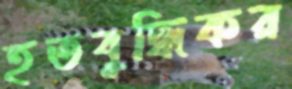
হতবুদ্ধিকর